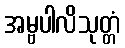
အမ္ဗပါလိသုတ္တံ